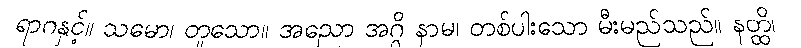
ရာဂနှင့်။ သမော၊ တူသော။ အညော အဂ္ဂိ နာမ၊ တစ်ပါးသော မီးမည်သည်။ နတ္ထိ၊